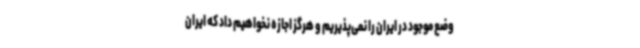
وضع موجود در ایران را نمی‌پذیریم و هرگز اجازه نخواهیم داد که ایران